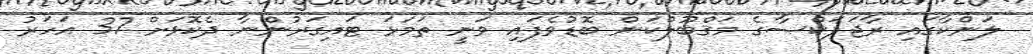
ލަންކާގައި ރާޖަޕަކްސާގެ މަގްބޫލްކަން ބޮޑުވެފައި ވަނީ ތަމަޅަ ޓައިގަރުންނާ ދެކޮޅަށް 37 އަހަރު